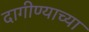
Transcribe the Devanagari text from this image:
दागीण्याच्या